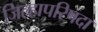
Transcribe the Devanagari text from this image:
जिल्हापरिषदा